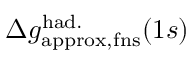
\Delta { g } _ { \mathrm { a p p r o x , f n s } } ^ { \mathrm { h a d . } } ( 1 s )